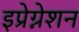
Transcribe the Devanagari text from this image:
इप्रेग्नेशन